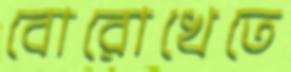
বোরোখেতে